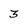
Character: 3